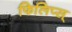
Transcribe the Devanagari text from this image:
फिलिप्स्